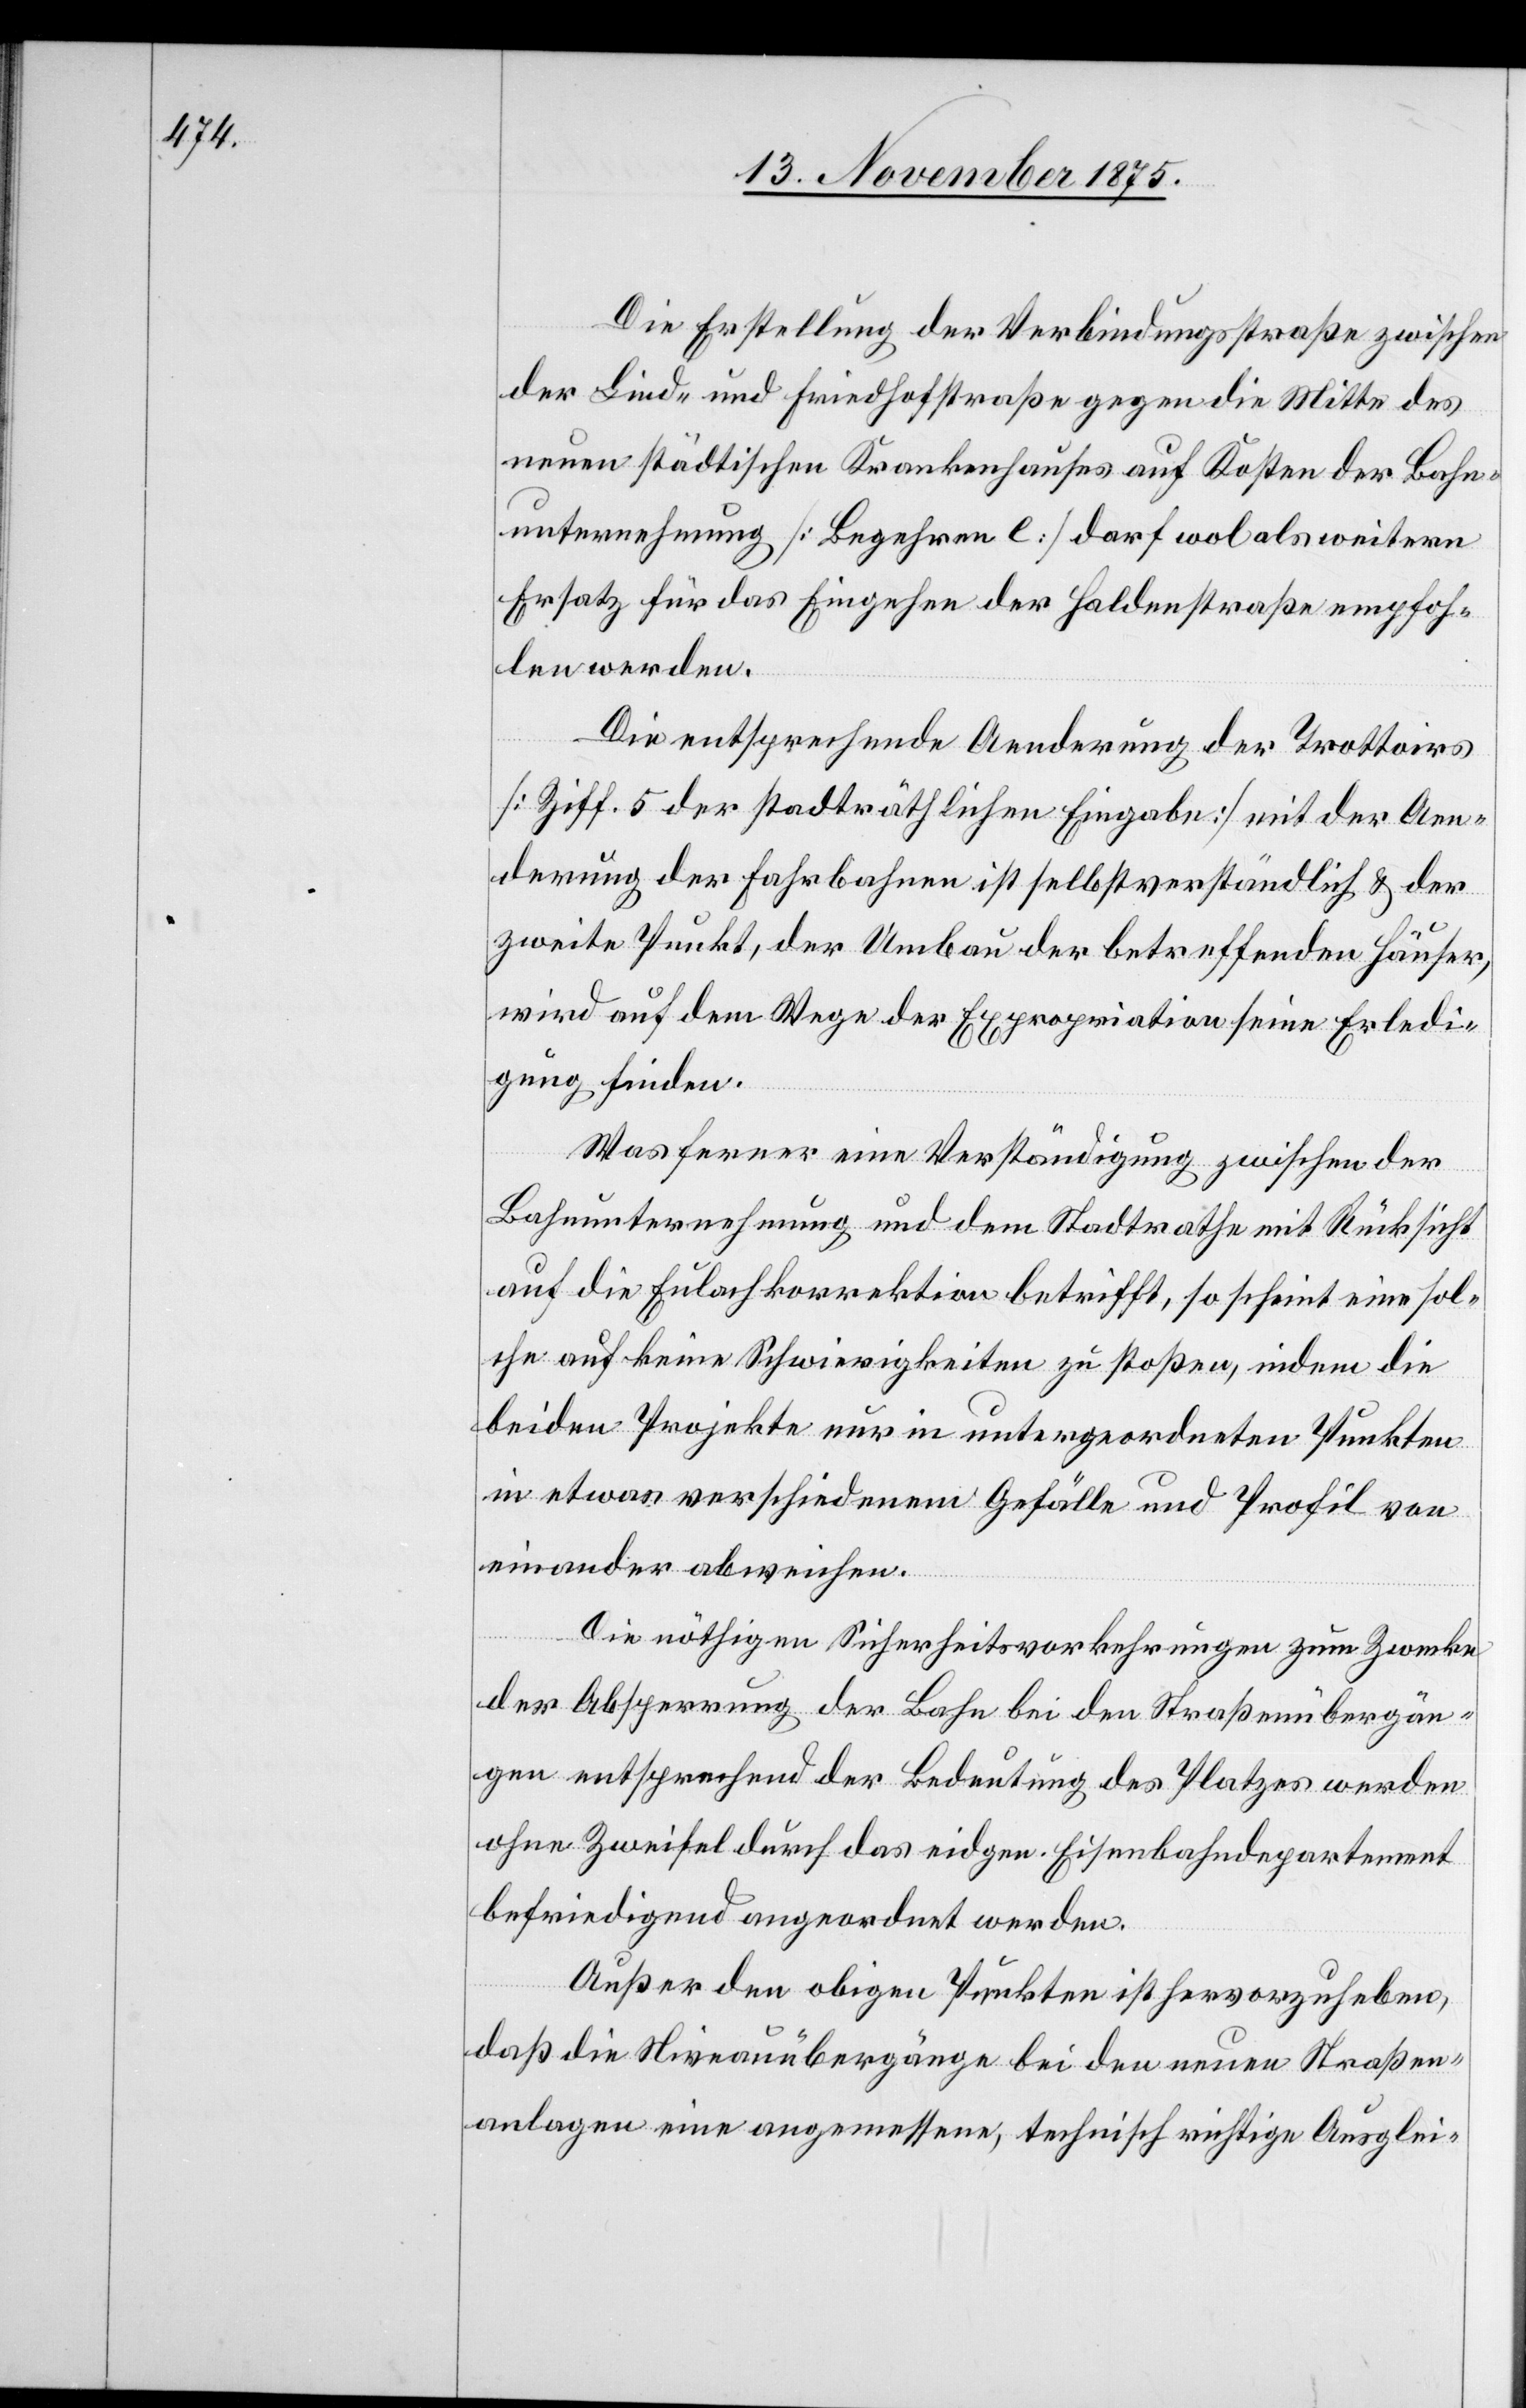
Die Erstellung der Verbindungsstraße zwischen
der Lind- und Friedhofstraße gegen die Mitte des
neuen städtischen Krankenhauses auf Kosten der Bahn¬
unternehmung [Begehren e] darf wol als weitern
Ersatz für das Eingehen der Haldenstraße empfoh¬
len werden.
Die entsprechende Aenderung des Trottoirs
[Ziff. 5 der stadträthlichen Eingabe] mit der Aen¬
derung der Fahrbahnen ist selbstverständlich & der
zweite Punkt, der Umbau der betreffenden Häuser,
wird auf dem Wege der Expropriation seine Erledi¬
gung finden.
Was ferner eine Verständigung zwischen der
Bahnunternehmung und dem Stadtrathe mit Rücksicht
auf die Eulachkorrektion betrifft, so scheint eine sol¬
che auf keine Schwierigkeiten zu stoßen, indem die
beiden Projekte nur in untergeordneten Punkten
in etwas verschiedenem Gefälle und Profil von
einander abweichen.
Die nöthigen Sicherheitsvorkehrungen zum Zwecke
der Absperrung der Bahn bei den Straßenübergän¬
gen entsprechend der Bedeutung des Platzes[,] werden
ohne Zweifel durch das eidgen. Eisenbahndepartement
befriedigt angeordnet werden.
Außer den obigen Punkten ist hervorzuheben,
daß die Niveauübergänge bei den neuen Straßen¬
anlagen eine angemessene, technisch richtige Ausglei-